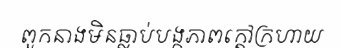
ពួកនាងមិនធ្លាប់បង្កភាពក្តៅក្រហាយ